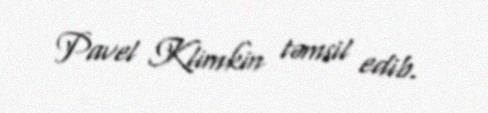
Pavel Klimkin təmsil edib.